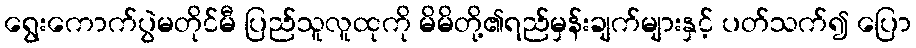
ရွေးကောက်ပွဲမတိုင်မီ ပြည်သူလူထုကို မိမိတို့၏ရည်မှန်းချက်များနှင့် ပတ်သက်၍ ပြော